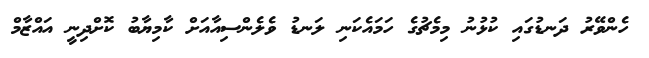
ހެންވޭރު ދަނޑުގައި ކުޅުނު މިމެޗުގެ ހަމައެކަނި ލަނޑު ވެލެންސިއާއަށް ކާމިޔާބު ކޮށްދިނީ އައްޒާމް